Tezpur Lunatic Asylum reports 1877-1894 - 1877-1894
Year: 1877
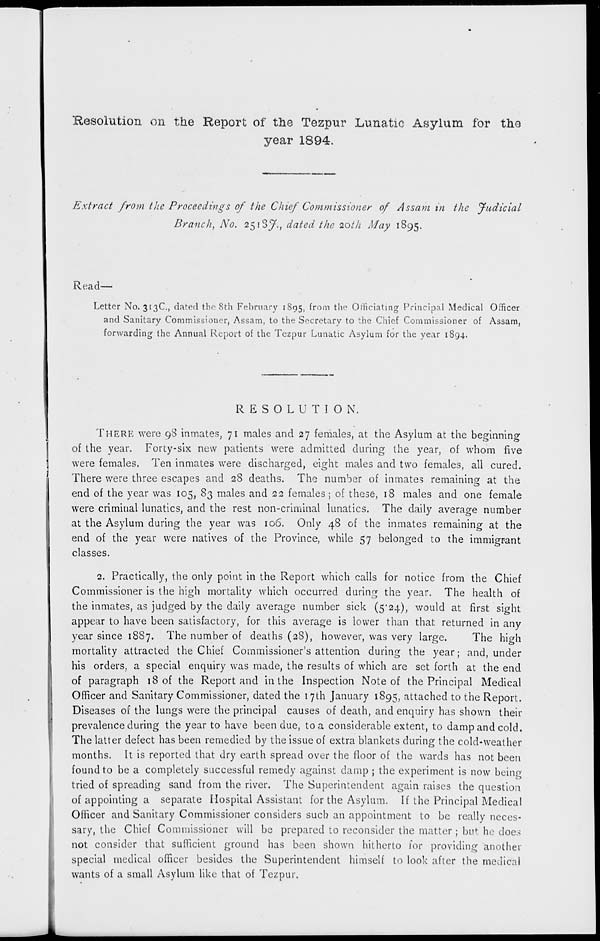
Resolution on the Report of the Tezpur Lunatic Asylum for the
year 1894.
Extract from the Proceedings of the Chief Commissioner of Assam in the Judicial
Branch, No. 2518^., dated the 20th May 1895.
Read-
Letter No. 313C, dated the 8th February 1895, from the Officiating Principal Medical Officer
and Sanitary Commissioner, Assam, to the Secretary to the Chief Commissioner of Assam,
forwarding (he Annual Report of the Tezpur Lunatic Asylum for the year 1894.
RESOLUTION.
THERE were 98 inmates, 71 males and 27 females, at the Asylum at the beginning
of the year. Forty-six new patients were admitted during the year, of whom five
were females. Ten inmates were discharged, eight males and two females, all cured.
There were three escapes and 28 deaths. The number of inmates remaining at the
end of the year was 105, 83 males and 22 females; of these, 18 males and one female
were criminal lunatics, and the rest non-criminal lunatics. The daily average number
at the Asylum during the year was 106. Only 48 of the inmates remaining at the
end of the year were natives of the Province, while 57 belonged to the immigrant
classes.
2. Practically, the only point in the Report which calls for notice from the Chief
Commissioner is the high mortality which occurred during the year. The health of
the inmates, as judged by the daily average number sick (5*24), would at first sight
appear to have been satisfactory, for this average is lower than that returned in any
year since 1887. The number of deaths (28), however, was very large.
The high
mortality attracted the Chief Commissioner's attention during the year; and, under
his orders, a special enquiry was made, the results of which are set forth at the end
of paragraph 18 of the Report and in the Inspection Note of the Principal Medical
Officer and Sanitary Commissioner, dated the 17th January 1895, attached to the Report.
Diseases of the lungs were the principal causes of death, and enquiry has shown their
prevalence during the year to have been due, to a considerable extent, to damp and cold.
The latter defect has been remedied by the issue of extra blankets during the cold-weather
months. It is reported that dry earth spread over the floor of the wards has not been
found to be a completely successful remedy against damp ; the experiment is now being
tried of spreading sand from the river. The Superintendent again raises the question
of appointing a separate Hospital Assistant for the Asylum. If the Principal Medical
Officer and Sanitary Commissioner considers such an appointment to be really neces-
sary, the Chief Commissioner will be prepared to reconsider the matter; but he does
not consider that sufficient ground has been shown hitherto for providing another
special medical officer besides the Superintendent himself to look after the medical
wants of a small Asylum like that of Tezpur.